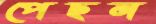
পেছন